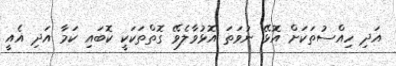
އަދި ހިއްސުތަކަށް އޮޅޭ ނުވަތަ އޮޅުވާލެވޭ ގޮތްތަކަކީ ކޮބައި ކަމާ އަދި އެއީ